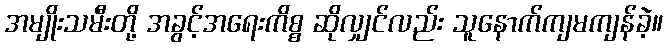
အမျိုးသမီးတို့ အခွင့်အရေးကိစ္စ ဆိုလျှင်လည်း သူနောက်ကျမကျန်ခဲ့။